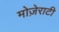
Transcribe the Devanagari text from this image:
मोज़ेराटी